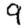
Digit: 9